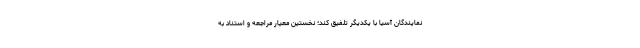
نمایندگان آسیا با یکدیگر تلفیق کند؛ نخستین معیار مراجعه و استناد به